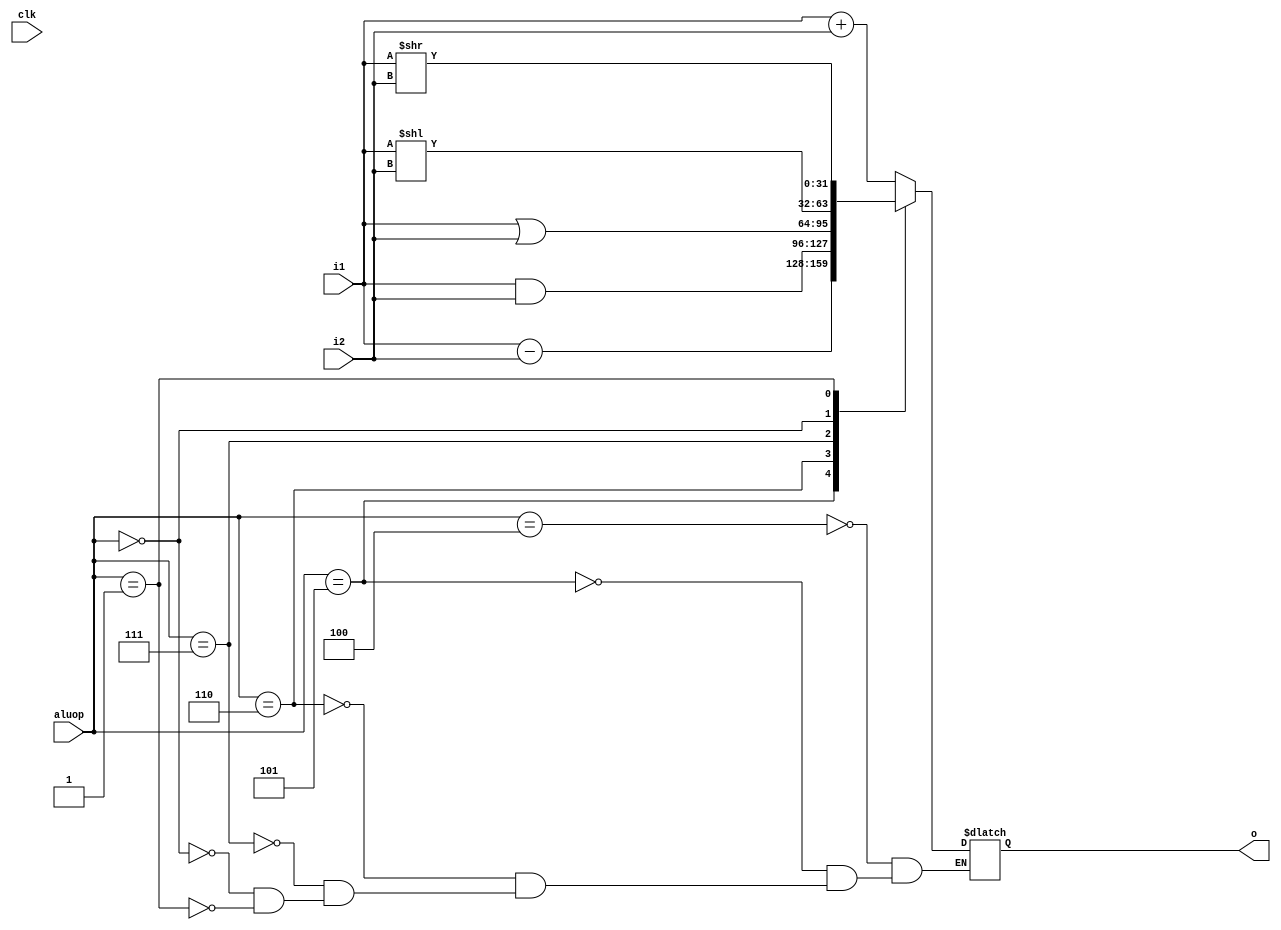
`timescale 1ns / 1ps
//////////////////////////////////////////////////////////////////////////////////
// Company: 
// Engineer: 
// 
// Design Name: 
// Module Name: alu
// Project Name: 
// Target Devices: 
// Tool Versions: 
// Description: 
// 
// Dependencies: 
// 
// Revision:
// Revision 0.01 - File Created
// Additional Comments:
// 
//////////////////////////////////////////////////////////////////////////////////


module alu(

    input [31:0] i1,
    input [31:0] i2,
    input [2:0] aluop,
    input clk,
    output reg [31:0] o

    );
    
    always @(clk) begin
        case(aluop)
            3'b100 : o = i1 + i2;
            3'b101 : o = i1 - i2;
            3'b110 : o = i1 & i2;
            3'b111 : o = i1 | i2;
            3'b000 : o = i1 << i2;
            3'b001 : o = i1 >> i2;
        endcase
     end 
            
    
endmodule